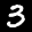
Label: 3